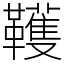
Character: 韄